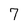
Character: 7